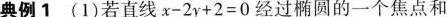
典例1 (1) 若直线